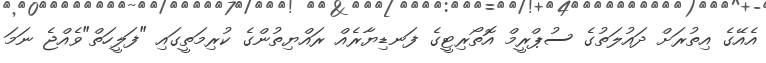
އެއޭގެ އިތުރަށް ދައުލަތުގެ ސުޕްރީމް އޮތޯރިޓީގެ ފަނޑިޔާރެއް ރައްޔިތުންގެ ކުރިމަތީގައި "ފަލީހަތް"ވެއްޖެ ނަމަ